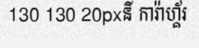
130 130 20pxនី ការ៉ាហ្គ័រ